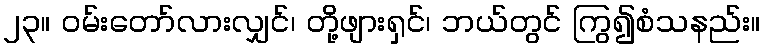
၂၃။ ဝမ်းတော်လားလျှင်၊ တို့ဖျားရှင်၊ ဘယ်တွင် ကြွ၍စံသနည်း။